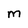
Character: M